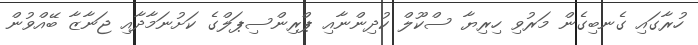
ހުރާގައި ގެނބިގެން މަރުވި ހިރިޔާ ސްކޫލް ކުދިންނާއި ޕްރިންސިޕަލްގެ ކަށުނަމާދާއި ޖަނާޒާ ބޭއްވުން